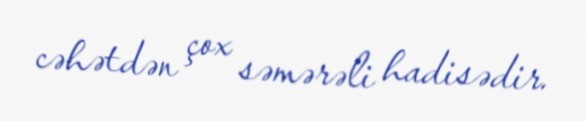
cəhətdən çox səmərəli hadisədir.